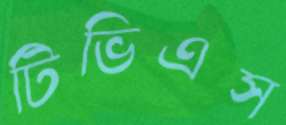
টিভিএস